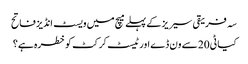
سہ فریقی سیریز کے پہلے میچ میں ویسٹ انڈیز فاتح
کیا ٹی20 سے ون ڈے اور ٹیسٹ کرکٹ کو خطرہ ہے؟